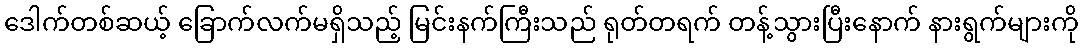
ဒေါက်တစ်ဆယ့် ခြောက်လက်မရှိသည့် မြင်းနက်ကြီးသည် ရုတ်တရက် တန့်သွားပြီးနောက် နားရွက်များကို